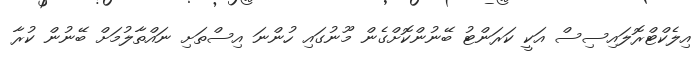
އިލެކްޓްރޮލައިސިސް އަކީ ކަރަންޓު ބޭނުންކޮށްގެން މޫނުގައި ހުންނަ އިސްތަށި ނައްތާލުމަށް ބޭނުން ކުރާ